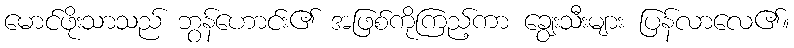
မောင်ဖိုးသာသည် ဘွန်ဟောင်း၏ အဖြစ်ကိုကြည့်ကာ ချွေးသီးများ ပြန်လာလေ၏။